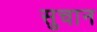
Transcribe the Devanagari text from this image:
सुचान